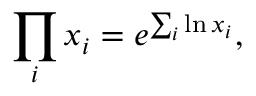
\prod _ { i } x _ { i } = e ^ { \sum _ { i } \ln x _ { i } } ,